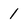
Character: 1